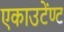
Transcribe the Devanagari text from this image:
एकाउटेंण्ट